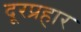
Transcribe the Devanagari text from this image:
दूरप्रहार